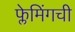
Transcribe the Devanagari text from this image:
फ्लेमिंगची